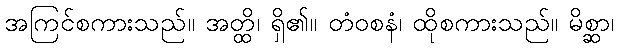
အကြင်စကားသည်။ အတ္ထိ၊ ရှိ၏။ တံဝစနံ၊ ထိုစကားသည်။ မိစ္ဆာ၊